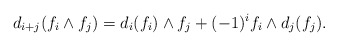
\begin{align*}d_{i+j}(f_i \wedge f_j)=d_i(f_i)\wedge f_j +(-1)^{i} f_i \wedge d_j(f_j).\end{align*}